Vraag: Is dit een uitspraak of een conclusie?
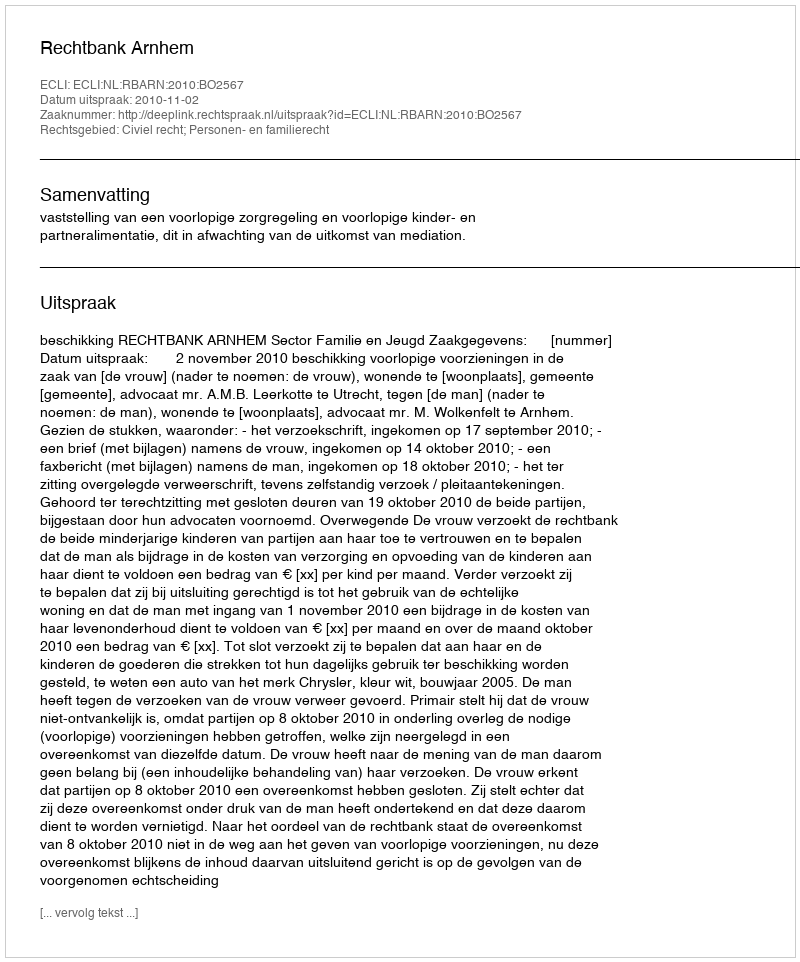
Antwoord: Uitspraak